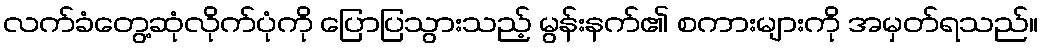
လက်ခံတွေ့ဆုံလိုက်ပုံကို ပြောပြသွားသည့် မွန်းနက်၏ စကားများကို အမှတ်ရသည်။